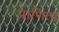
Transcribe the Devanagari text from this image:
प्राणित्व